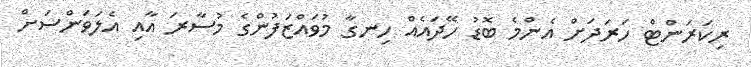
ރިކަރަންޓް ހަރަދަށް އެންމެ ބޮޑު ހޭދައެއް ހިނގާ މުވައްޒަފުންގެ މުސާރަ އާއި އެލަވަންސަށް